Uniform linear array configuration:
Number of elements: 24
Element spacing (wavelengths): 0.75
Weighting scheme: blackman
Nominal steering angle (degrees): -60
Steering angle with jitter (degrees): -58.971
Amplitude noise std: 0.05
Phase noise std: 0.05

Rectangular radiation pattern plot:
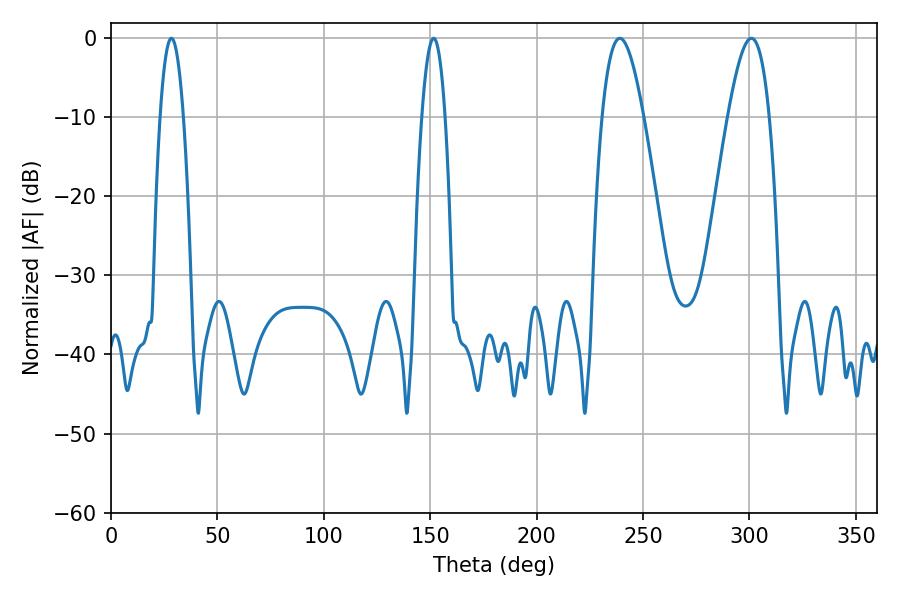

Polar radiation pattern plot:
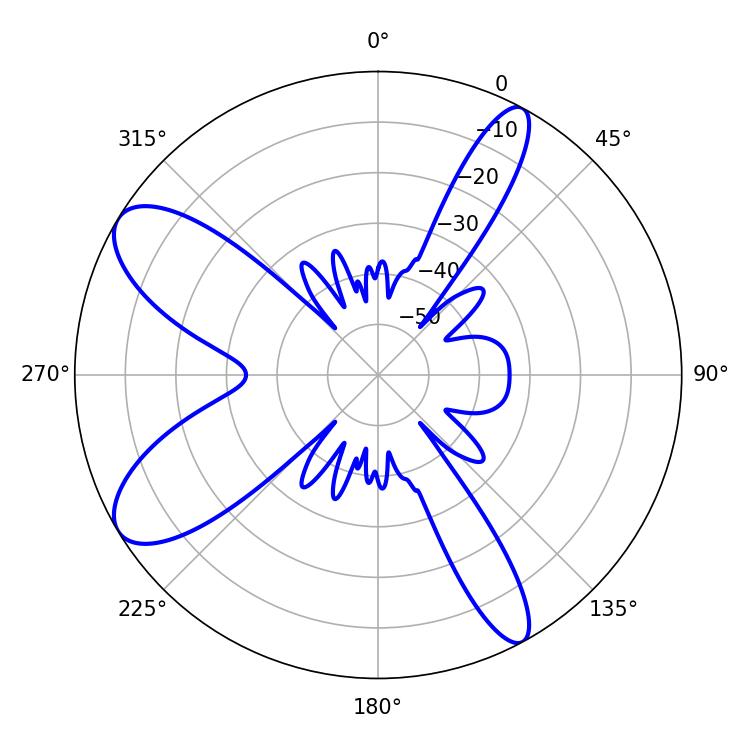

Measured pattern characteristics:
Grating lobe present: TRUE
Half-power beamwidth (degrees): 10.62
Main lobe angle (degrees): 239.04